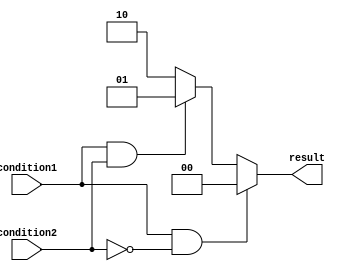
module if_else_statement (
    input wire condition1,
    input wire condition2,
    output reg [1:0] result
);

always @(*) begin
    if (condition1 && !condition2) begin
        result = 2'b00; // Condition 1 is true
    end else if (condition1 && condition2) begin
        result = 2'b01; // Condition 2 is true
    end else begin
        result = 2'b10; // Neither condition is true
    end
end

endmodule